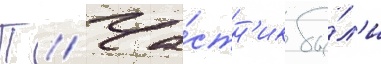
П // Ча́стн'ик бы́л'и